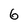
Character: 6